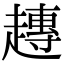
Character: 𧽢